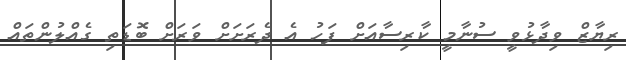
ރިޔާޒް ވިދާޅުވީ ސުނާމީ ކާރިސާއަށް ފަހު އެ ދެރަށަށް ވަރަށް ބޮޑަތި ގެއްލުންތައް